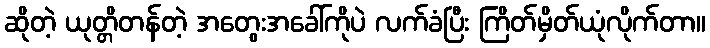
ဆိုတဲ့ ယုတ္တိတန်တဲ့ အတွေးအခေါ်ကိုပဲ လက်ခံပြီး ကြိတ်မှိတ်ယုံလိုက်တာ။